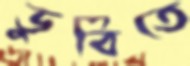
ডুবিতে